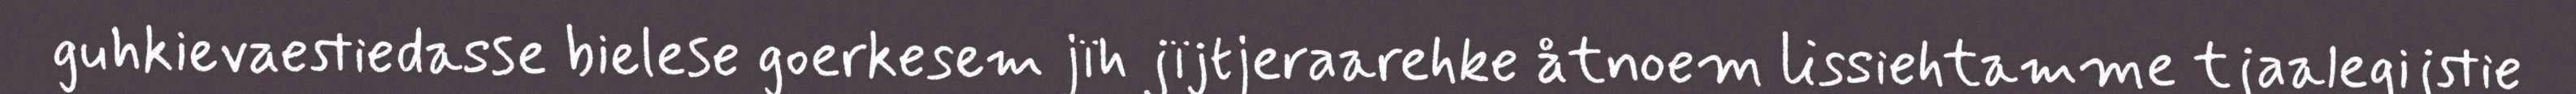
guhkievaestiedasse bielese goerkesem jïh jïjtjeraarehke åtnoem lissiehtamme tjaalegijstie